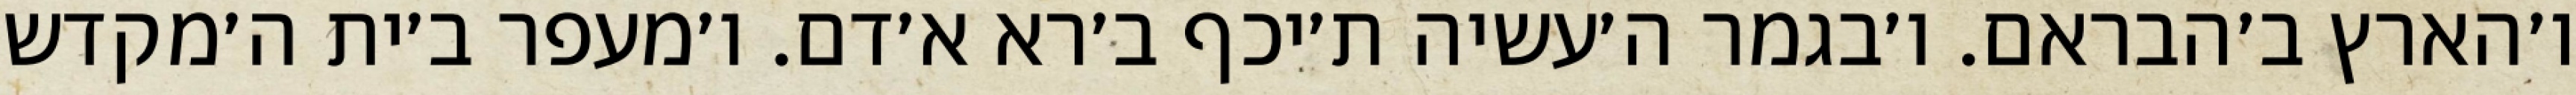
ו׳הארץ ב׳הבראם. ו׳בגמר ה׳עשיה ת׳יכף ב׳רא א׳דם. ו׳מעפר ב׳ית ה׳מקדש